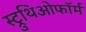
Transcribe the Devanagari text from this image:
स्ट्रुथिओफॉर्म